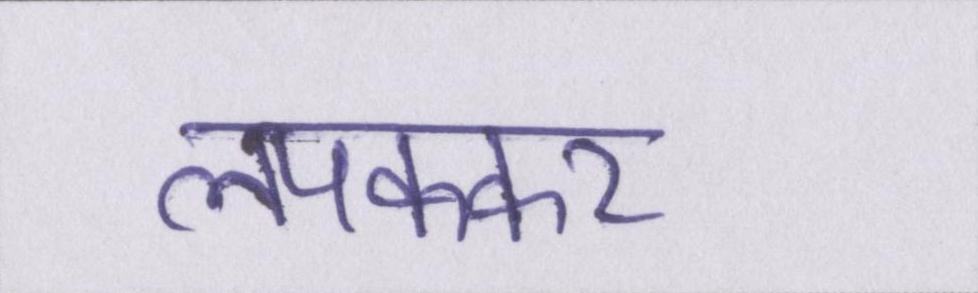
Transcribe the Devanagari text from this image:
लपककर